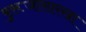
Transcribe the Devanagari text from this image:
बुरूजासारखा